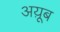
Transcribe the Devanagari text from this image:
अय़ूब